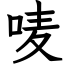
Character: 唛